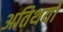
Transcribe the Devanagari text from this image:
अतिथयों